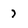
Character: 7